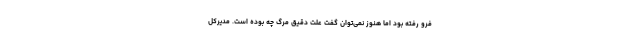
فرو رفته بود اما هنوز نمی‌توان گفت علت دقیق مرگ چه بوده است. مدیرکل